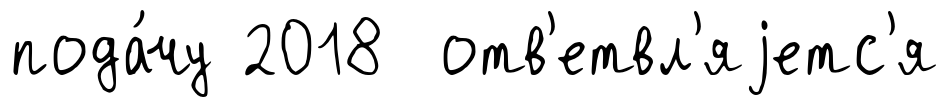
пода́чу 2018 отв'етвл'яjетс'я